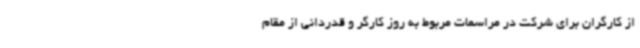
از کارگران برای شرکت در مراسمات مربوط به روز کارگر و قدردانی از مقام